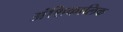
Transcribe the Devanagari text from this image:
अंशिकालिक